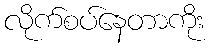
လိုက်စပ်နေတာကိုး